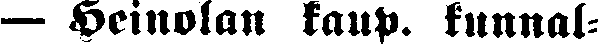
— Heinolan kaup. kunnal-